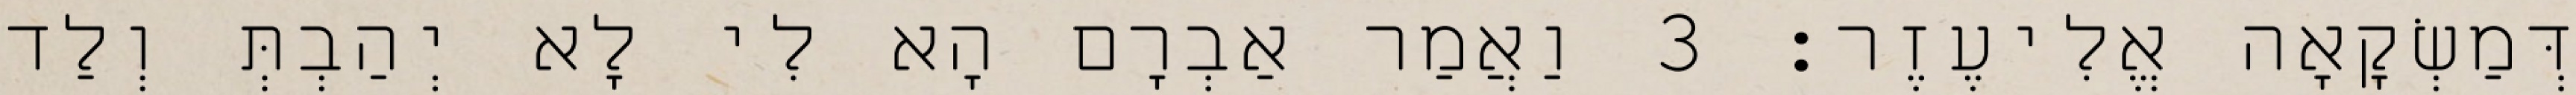
דְּמַשְׂקָאָה אֱלִיעֶזֶר׃ 3 וַאֲמַר אַבְרָם הָא לִי לָא יְהַבְתְּ וְלַד